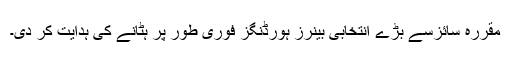
مقررہ سائزسے بڑے انتخابی بینرز ہورڈنگز فوری طور پر ہٹانے کی ہدایت کر دی۔